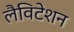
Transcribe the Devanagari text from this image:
लैविटेशन